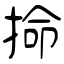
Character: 掵